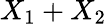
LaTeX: X_{1}+X_{2}